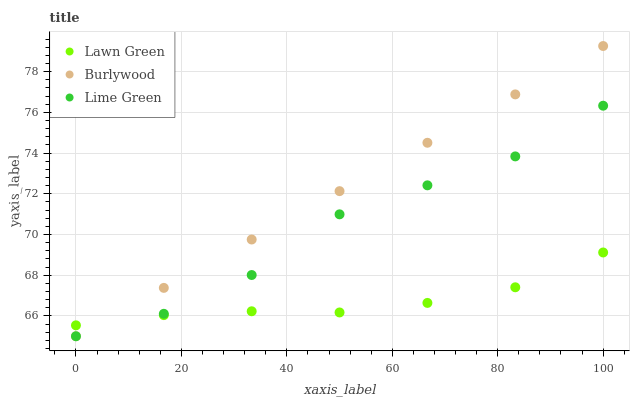
| xaxis_label | Lawn Green | Burlywood | Lime Green |
 | --- | --- | --- | --- |
 | 0 | 65.5 | 65 | 65 |
 | 16.7 | 66 | 67.4 | 66.1 |
 | 33.3 | 66.2 | 69.8 | 68 |
 | 50 | 66.2 | 72.1 | 71 |
 | 66.7 | 66.6 | 74.5 | 72.4 |
 | 83.3 | 67.4 | 76.9 | 73.8 |
 | 100 | 69.1 | 79.3 | 76.3 |